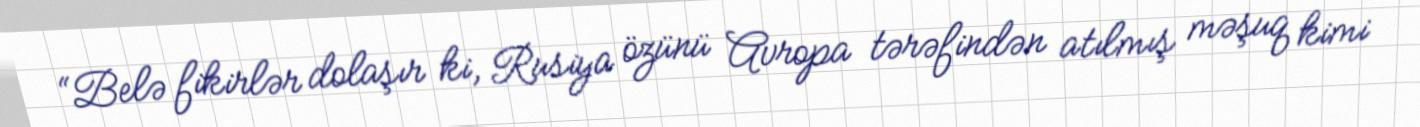
“Belə fikirlər dolaşır ki, Rusiya özünü Avropa tərəfindən atılmış məşuq kimi